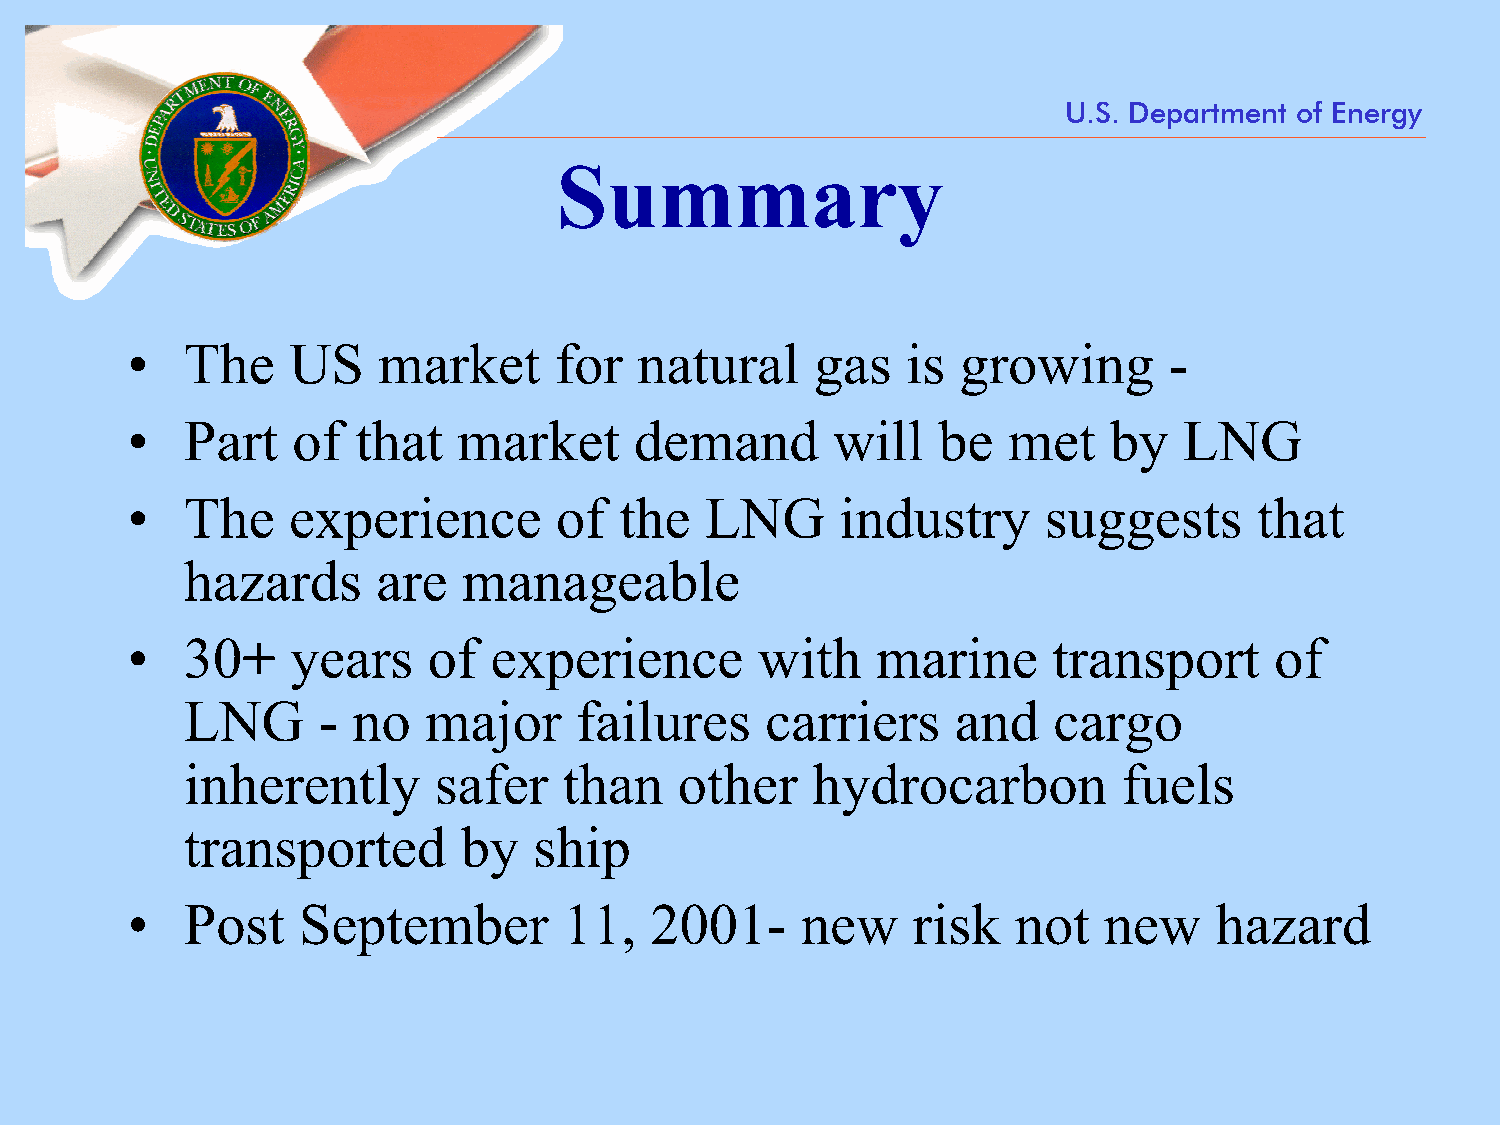
U.S. Department of Energy
 Summary
 •   The    US    market      for  natural     gas   is growing       -
 •   Part   of  that   market      demand       will   be   met   by   LNG
 •   The    experience        of  the   LNG      industry     suggests      that
 hazards      are   manageable
 •   30+    years    of  experience        with    marine      transport     of
 LNG      - no   major     failures     carriers    and    cargo
 inherently       safer   than    other    hydrocarbon         fuels
 transported       by   ship
 •   Post    September        11,   2001-     new    risk   not   new    hazard